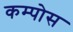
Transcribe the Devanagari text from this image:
कम्पोस